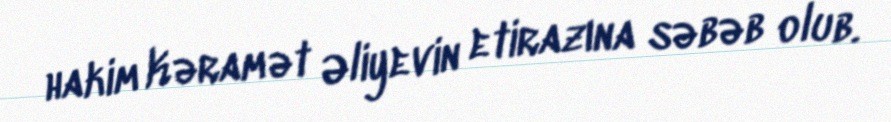
hakim Kəramət Əliyevin etirazına səbəb olub.